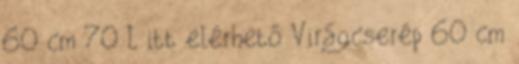
60 cm 70 L itt elérhető Virágcserép 60 cm